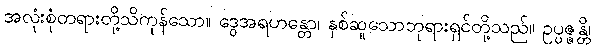
အလုံးစုံတရားတို့သိကုန်သော။ ဒွေအရဟန္တော၊ နှစ်ဆူသောဘုရားရှင်တို့သည်။ ဥပ္ပဇ္ဇန္တိ၊